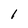
Character: 1